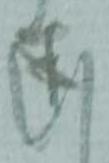
述